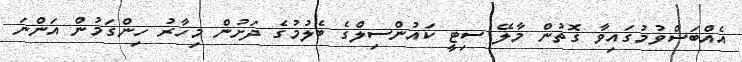
އެއްބަސްވުމުގައިވާ ގޮތުން މާލޭ ސިޓީ ކައުންސިލްގެ ބެލުމުގެ ދަށުން މިހާރު ހިންގަމުން އަންނަ